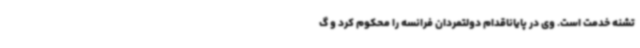
تشنه خدمت است. وی در پایاناقدام دولتمردان فرانسه را محکوم کرد و گ